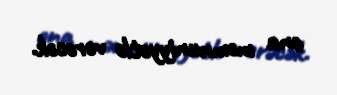
ona məmnuniyyətlə verəcək.